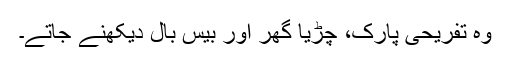
وہ تفریحی پارک، چڑیا گھر اور بیس بال دیکھنے جاتے۔